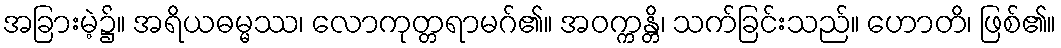
အခြားမဲ့၌။ အရိယဓမ္မဿ၊ လောကုတ္တရာမဂ်၏။ အဝက္ကန္တိ၊ သက်ခြင်းသည်။ ဟောတိ၊ ဖြစ်၏။